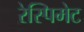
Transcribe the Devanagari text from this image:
रेस्पिमेट